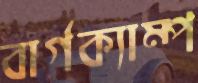
বার্গক্যাম্প